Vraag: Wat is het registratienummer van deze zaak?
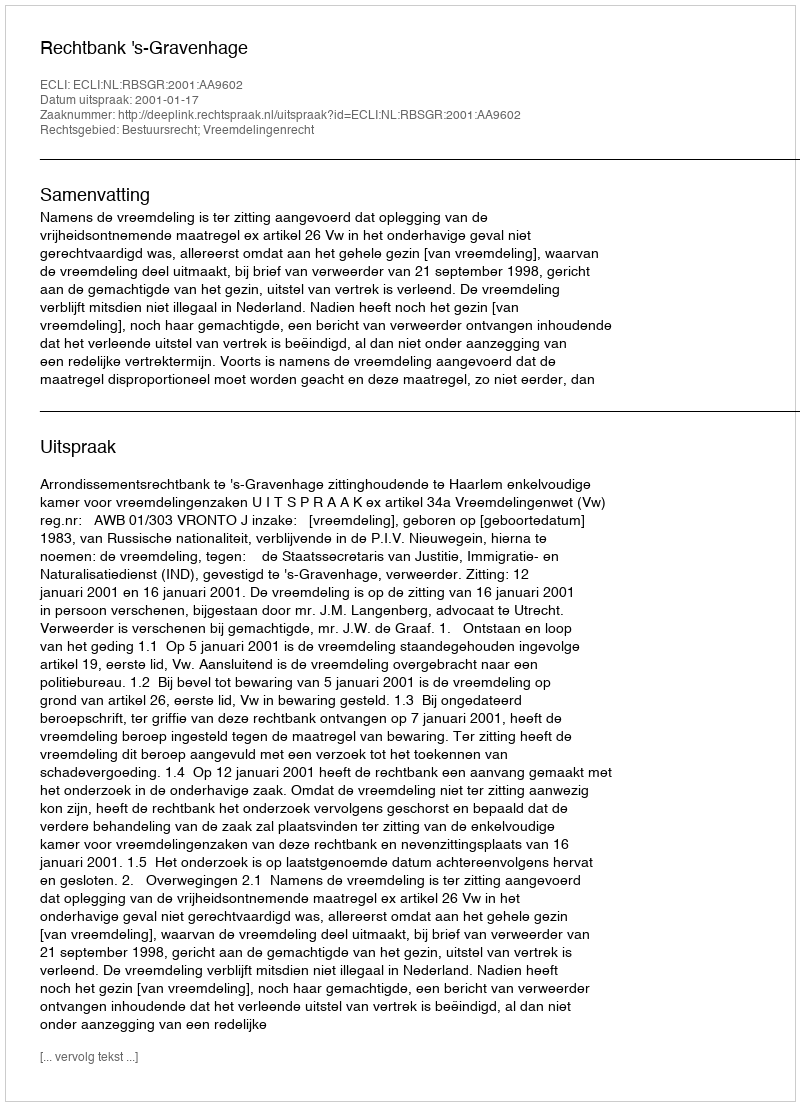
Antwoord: http://deeplink.rechtspraak.nl/uitspraak?id=ECLI:NL:RBSGR:2001:AA9602